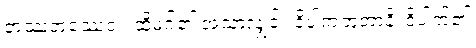
တဿတဿေဝ ၊ ထိုမဂ်၏ အသာလျှင်။ ဝိပါကဘူတာနိ၊ ဝိပါက်၏